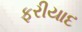
ફરીયાદ